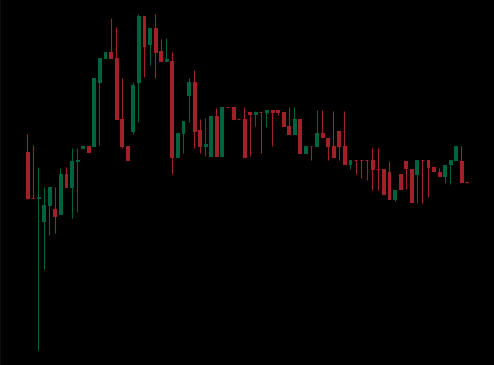
Pattern: unclassified